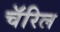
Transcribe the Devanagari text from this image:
चॅरिल